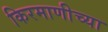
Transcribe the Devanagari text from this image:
किरमाणीच्या